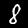
Label: 8